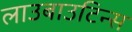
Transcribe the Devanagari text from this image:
लाउबाउटिन्स